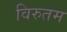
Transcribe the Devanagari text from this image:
विरुतम